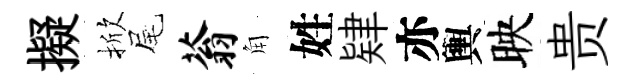
擬掀尾蓊角姓肄亦輿映贵